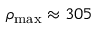
\rho _ { \mathrm { m a x } } \approx 3 0 5